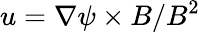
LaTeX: u=\nabla\psi\times B/B^{2}